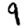
Digit: 9